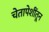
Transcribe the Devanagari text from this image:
चेतापेशींतून